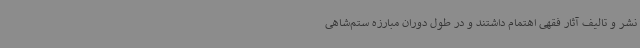
نشر و تالیف آثار فقهی اهتمام داشتند و در طول دوران مبارزه ستم‌شاهی